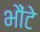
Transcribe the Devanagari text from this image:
भौंटे